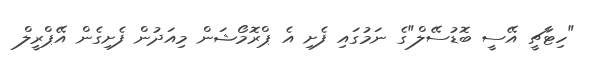
"ހިޓާޗީ އޭސީ ބޮޑުސޭލް"ގެ ނަމުގައި ފެށި އެ ޕްރޮމޯޝަން މިއަދުން ފެށިގެން އޭޕްރީލް